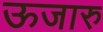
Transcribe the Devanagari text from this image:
ऊजारु